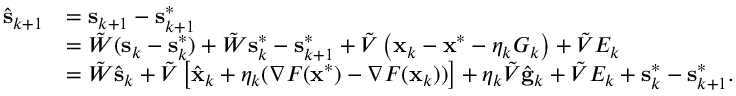
\begin{array} { r l } { \hat { \mathbf { s } } _ { k + 1 } } & { = \mathbf { s } _ { k + 1 } - \mathbf { s } _ { k + 1 } ^ { * } } \\ & { = \tilde { W } ( \mathbf { s } _ { k } - \mathbf { s } _ { k } ^ { * } ) + \tilde { W } \mathbf { s } _ { k } ^ { * } - \mathbf { s } _ { k + 1 } ^ { * } + \tilde { V } \left( \mathbf { x } _ { k } - \mathbf { x } ^ { * } - \eta _ { k } G _ { k } \right) + \tilde { V } E _ { k } } \\ & { = \tilde { W } \hat { \mathbf { s } } _ { k } + \tilde { V } \left[ \hat { \mathbf { x } } _ { k } + \eta _ { k } ( \nabla F ( \mathbf { x } ^ { * } ) - \nabla F ( \mathbf { x } _ { k } ) ) \right] + \eta _ { k } \tilde { V } \hat { \mathbf { g } } _ { k } + \tilde { V } E _ { k } + \mathbf { s } _ { k } ^ { * } - \mathbf { s } _ { k + 1 } ^ { * } . } \end{array}